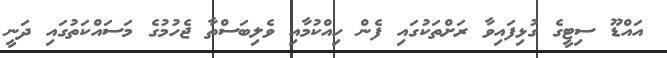
އައްޑޫ ސިޓީގެ ގުޅިފައިވާ ރަށްތަކުގައި ފެން ހިއްކުމާއި ވެލިބަސްތާ ޖެހުމުގެ މަސައްކަތުގައި ދަނީ